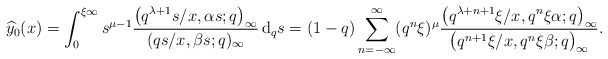
\begin{align*}& \widehat{y}_{0}(x) = \int_0^{\xi \infty}s^{\mu -1} \frac{\big(q^{\lambda+1}s/x, \alpha s ; q\big)_{\infty}}{(qs/x, \beta s ; q)_{\infty}}\,{\rm d}_{q}s = (1-q)\sum_{n=-\infty}^{\infty}(q^n\xi)^{\mu}\frac{\big(q^{\lambda+n+1}\xi / x, q^n \xi\alpha ; q\big)_{\infty}}{\big(q^{n+1}\xi / x, q^n \xi\beta ; q\big)_{\infty}} .\end{align*}